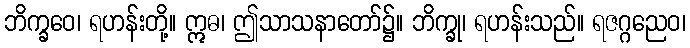
ဘိက္ခဝေ၊ ရဟန်းတို့။ ဣဓ၊ ဤသာသနာတော်၌။ ဘိက္ခု၊ ရဟန်းသည်။ ရဇဂ္ဂညေဝ၊